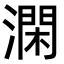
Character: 澖